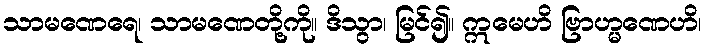
သာမဏေရေ၊ သာမဏေတို့ကို။ ဒိသွာ၊ မြင်၍။ ဣမေဟိ ဗြာဟ္မဏေဟိ၊